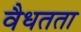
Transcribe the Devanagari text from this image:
वैधतता